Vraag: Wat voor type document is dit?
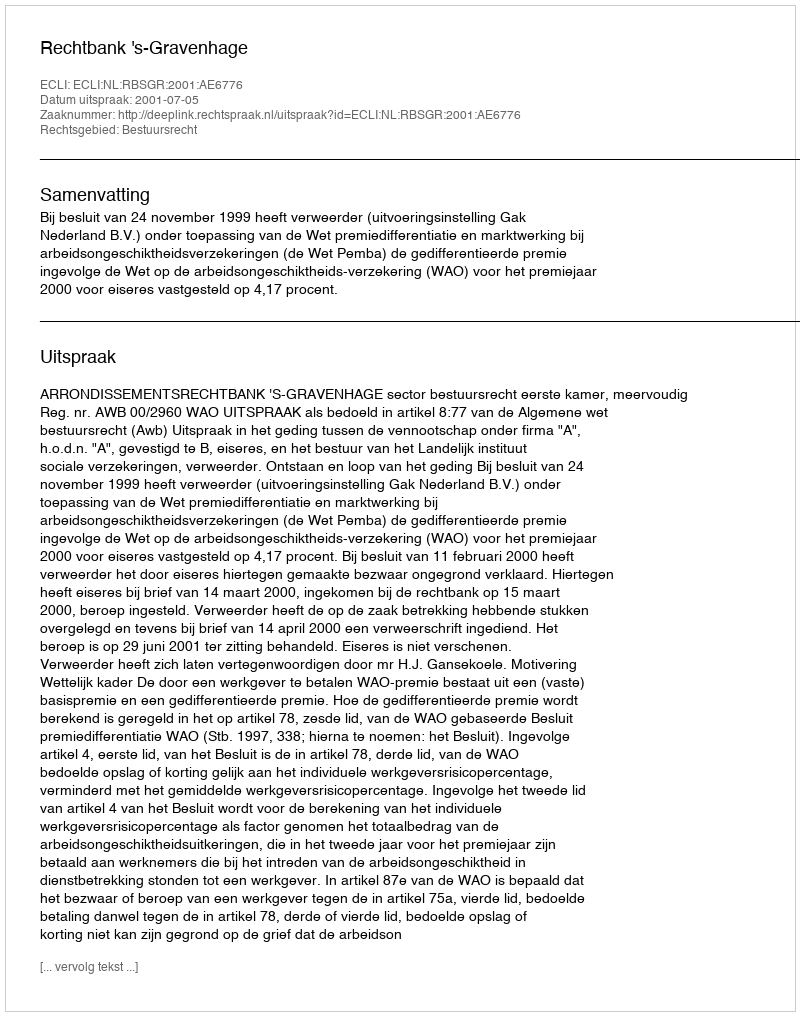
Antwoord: Uitspraak